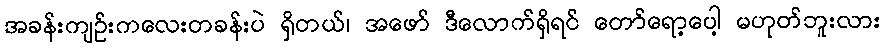
အခန်းကျဉ်းကလေးတခန်းပဲ ရှိတယ်၊ အဖော် ဒီလောက်ရှိရင် တော်ရော့ပေါ့ မဟုတ်ဘူးလား